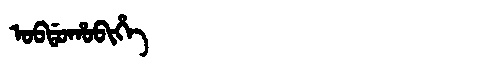
Manchu: ᠣᠪᡩᠣᡥᠣᠪᡳᡥᡝ
Romanization: OBDOHOBIHE